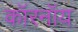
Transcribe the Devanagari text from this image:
कॉरनॉय